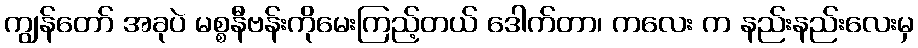
ကျွန်တော် အခုပဲ မစ္စနီဗန်းကိုမေးကြည့်တယ် ဒေါက်တာ၊ ကလေး က နည်းနည်းလေးမှ